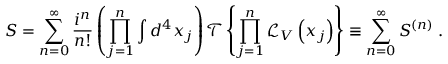
S = \sum _ { n = 0 } ^ { \infty } { \frac { i ^ { n } } { n ! } } \left( \prod _ { j = 1 } ^ { n } \int d ^ { 4 } x _ { j } \right) { \mathcal { T } } \left\{ \prod _ { j = 1 } ^ { n } { \mathcal { L } } _ { V } \left( x _ { j } \right) \right\} \equiv \sum _ { n = 0 } ^ { \infty } S ^ { ( n ) } \; .